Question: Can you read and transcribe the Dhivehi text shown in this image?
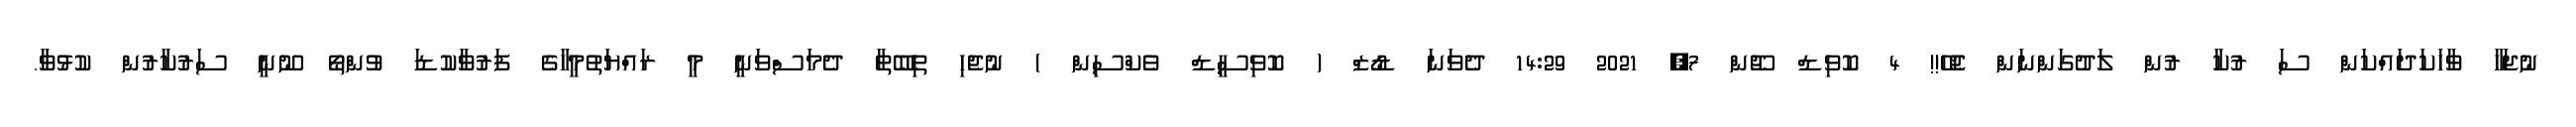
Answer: ނުޖަހާ ވާހަކަދައްކަން ސަ ރުކާ ރުން ލަދުގަންނަން ޖެހޭ!! 4 ކޮވިޑް ޖޫން 7, 2021 14:29 ދެވަނަ ޑޯޒް ( ކޮވިސީޑް ވެކްސިން ) ނުޖެހި ތިބޭތާ ދެމަސްވަނީ މީ ރައްޔަތުމީހާގެ ފަރުވާކުޑަ ވުންތޯ ނޫނީ ސަރުކާރުން ކުޅުވާ.